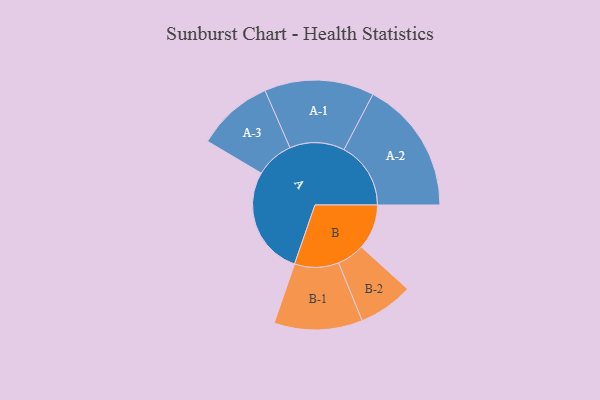
{"axis": {"x": "Segment", "y": "Value"}, "legend": ["", "A", "B"], "data": [{"x": "A", "y": 472, "type": ""}, {"x": "B", "y": 196, "type": ""}, {"x": "A-1", "y": 238, "type": "A"}, {"x": "A-2", "y": 290, "type": "A"}, {"x": "A-3", "y": 166, "type": "A"}, {"x": "B-1", "y": 192, "type": "B"}, {"x": "B-2", "y": 119, "type": "B"}]}